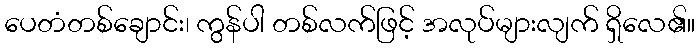
ပေတံတစ်ချောင်း၊ ကွန်ပါ တစ်လက်ဖြင့် အလုပ်များလျက် ရှိလေ၏။